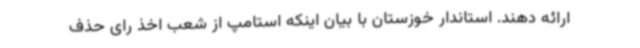
ارائه دهند. استاندار خوزستان با بیان اینکه استامپ از شعب اخذ رای حذف